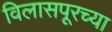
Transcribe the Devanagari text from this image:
विलासपूरच्या